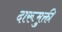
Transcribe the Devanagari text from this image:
दारूमुक्ती